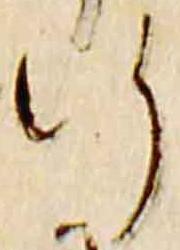
行